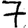
Digit: 7